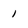
Character: 1